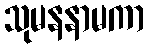
သုမနနာမကာ